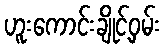
ဟူးကောင်းချိုင့်ဝှမ်း